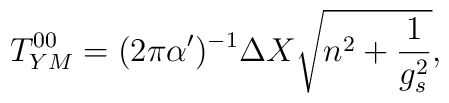
T^{00}_{YM} = (2\pi\alpha')^{-1} \Delta X \sqrt{ n^2 + \frac{1}{g_s^2}},